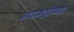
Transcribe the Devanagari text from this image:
अवअवूदेय्यार